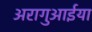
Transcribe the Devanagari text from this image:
अरागुआईया